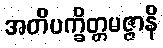
အတိပက္ခိတ္တမဇ္ဇာနိ